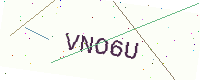
Text: VNO6U